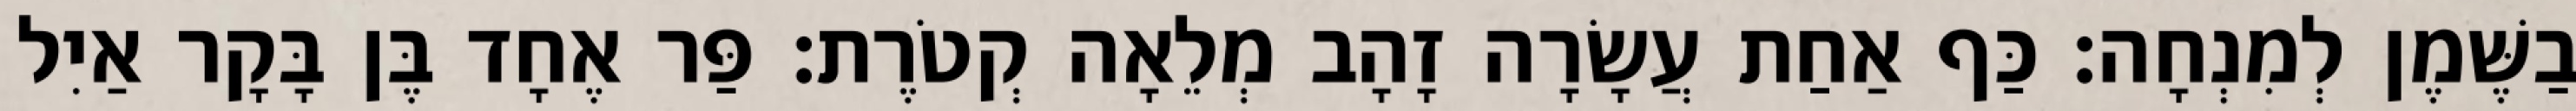
בַשֶּׁמֶן לְמִנְחָה׃ כַּף אַחַת עֲשָׂרָה זָהָב מְלֵאָה קְטֹרֶת׃ פַּר אֶחָד בֶּן בָּקָר אַיִל